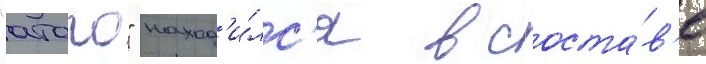
"атаго" наход'и́лс'я в соста́в'е